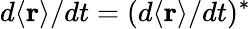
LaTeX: d\langle\mathbf{r}\rangle/dt=(d\langle\mathbf{r}\rangle/dt)^{*}